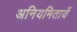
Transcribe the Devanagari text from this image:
अनियमितायें